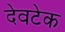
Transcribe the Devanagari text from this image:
देवटेक